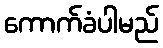
ကောက်ခံပါမည်